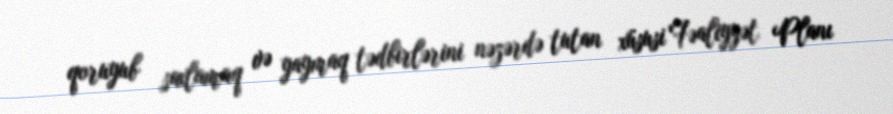
qoruyub saxlamaq və yaymaq tədbirlərini nəzərdə tutan xüsusi Fəaliyyət Planı